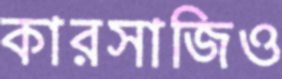
কারসাজিও